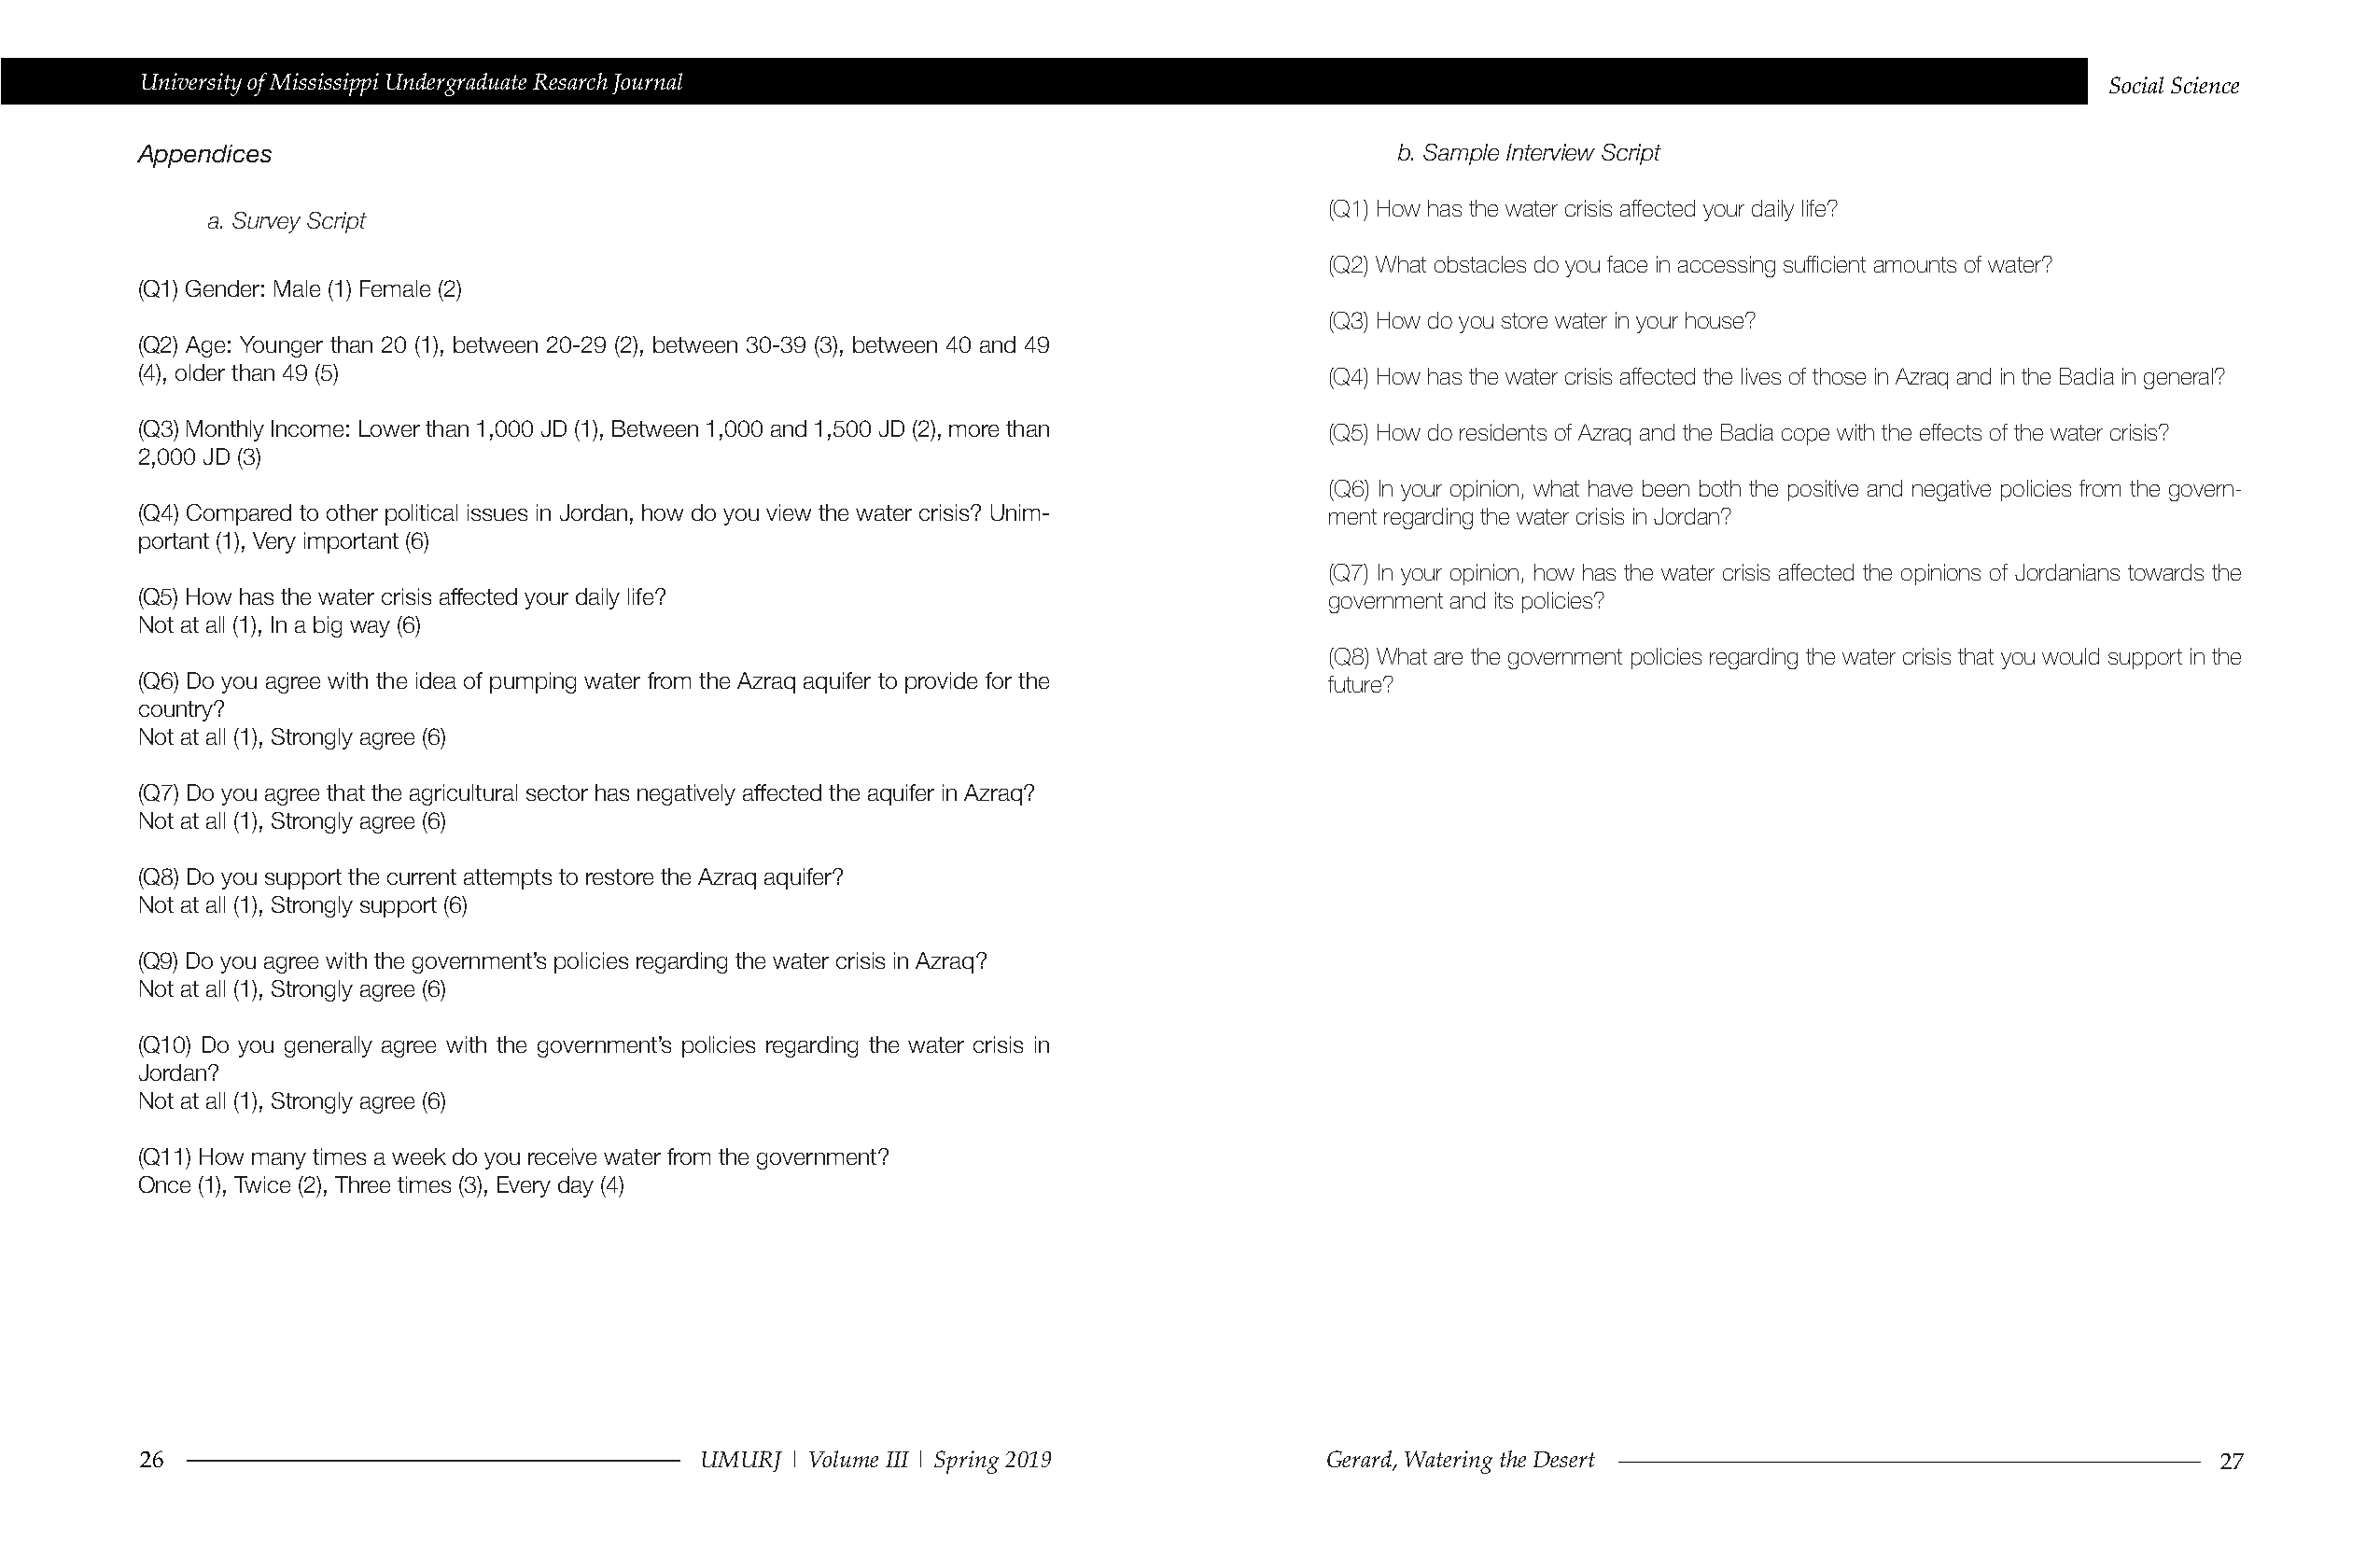
University of Mississippi Undergraduate Resarch Journal                                                                                     Social Science
 Appendices                                                                               b. Sample Interview Script
 (Q1) How has the water crisis affected your daily life?
 a. Survey Script
 (Q2) What obstacles do you face in accessing sufficient amounts of water?
 (Q1) Gender: Male (1) Female (2)
 (Q3) How do you store water in your house?
 (Q2) Age: Younger than 20 (1), between 20-29 (2), between 30-39 (3), between 40 and 49
 (4), older than 49 (5)                                                              (Q4) How has the water crisis affected the lives of those in Azraq and in the Badia in general?
 (Q3) Monthly Income: Lower than 1,000 JD (1), Between 1,000 and 1,500 JD (2), more than (Q5) How do residents of Azraq and the Badia cope with the effects of the water crisis?
 2,000 JD (3)
 (Q6) In your opinion, what have been both the positive and negative policies from the govern-
 (Q4) Compared to other political issues in Jordan, how do you view the water crisis? Unim- ment regarding the water crisis in Jordan?
 portant (1), Very important (6)
 (Q7) In your opinion, how has the water crisis affected the opinions of Jordanians towards the
 (Q5) How has the water crisis affected your daily life?                             government and its policies?
 Not at all (1), In a big way (6)
 (Q8) What are the government policies regarding the water crisis that you would support in the
 (Q6) Do you agree with the idea of pumping water from the Azraq aquifer to provide for the future?
 country?
 Not at all (1), Strongly agree (6)
 (Q7) Do you agree that the agricultural sector has negatively affected the aquifer in Azraq?
 Not at all (1), Strongly agree (6)
 (Q8) Do you support the current attempts to restore the Azraq aquifer?
 Not at all (1), Strongly support (6)
 (Q9) Do you agree with the government’s policies regarding the water crisis in Azraq?
 Not at all (1), Strongly agree (6)
 (Q10) Do you generally agree with the government’s policies regarding the water crisis in
 Jordan?
 Not at all (1), Strongly agree (6)
 (Q11) How many times a week do you receive water from the government?
 Once (1), Twice (2), Three times (3), Every day (4)
 26                                      UMURJ | Volume III | Spring 2019            Gerard, Watering the Desert                                     27